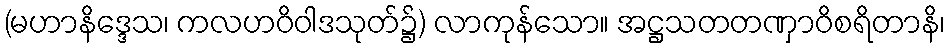
(မဟာနိဒ္ဒေသ၊ ကလဟဝိဝါဒသုတ်၌) လာကုန်သော။ အဋ္ဌသတတဏှာဝိစရိတာနိ၊